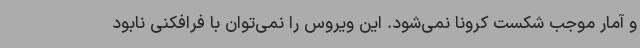
و آمار موجب شکست کرونا نمی‌شود. این ویروس را نمی‌توان با فرافکنی نابود